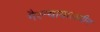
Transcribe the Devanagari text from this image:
गैरन्यायालयीन